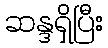
ဆန္ဒရှိပြီး